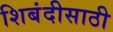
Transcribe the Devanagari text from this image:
शिबंदीसाठी